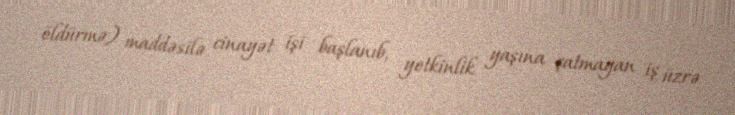
öldürmə) maddəsilə cinayət işi başlanıb, yetkinlik yaşına çatmayan iş üzrə